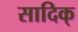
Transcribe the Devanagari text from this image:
सादिक्